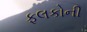
ફલકોની